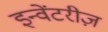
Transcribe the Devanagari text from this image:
इन्वेंटरीज़